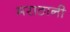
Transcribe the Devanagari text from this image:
मराठानी